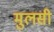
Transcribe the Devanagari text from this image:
मुलसी